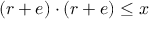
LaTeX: \, ( r + e ) \cdot ( r + e ) \leq x